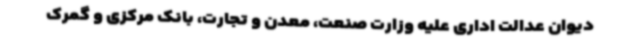
دیوان عدالت اداری علیه وزارت صنعت، معدن و تجارت، بانک مرکزی و گمرک